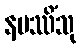
နမဿိံသု